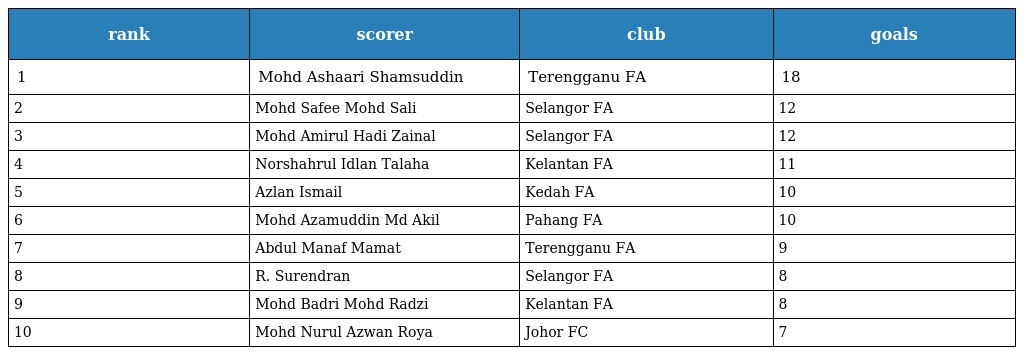
| rank | scorer | club | goals |
 | --- | --- | --- | --- |
 | 1 | Mohd Ashaari Shamsuddin | Terengganu FA | 18 |
 | 2 | Mohd Safee Mohd Sali | Selangor FA | 12 |
 | 3 | Mohd Amirul Hadi Zainal | Selangor FA | 12 |
 | 4 | Norshahrul Idlan Talaha | Kelantan FA | 11 |
 | 5 | Azlan Ismail | Kedah FA | 10 |
 | 6 | Mohd Azamuddin Md Akil | Pahang FA | 10 |
 | 7 | Abdul Manaf Mamat | Terengganu FA | 9 |
 | 8 | R. Surendran | Selangor FA | 8 |
 | 9 | Mohd Badri Mohd Radzi | Kelantan FA | 8 |
 | 10 | Mohd Nurul Azwan Roya | Johor FC | 7 |